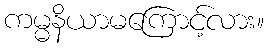
ကမ္မနိယာမကြောင့်လား။